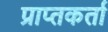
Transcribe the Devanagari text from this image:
प्राप्‍तकर्ता